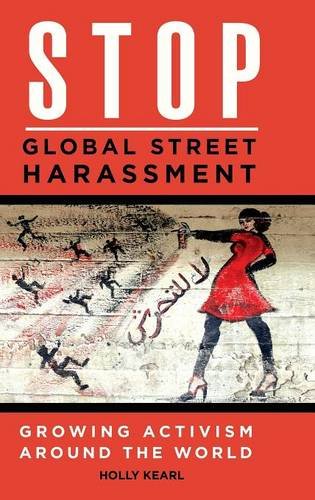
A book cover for Stop Global Street Harassment: Growing Activism around the World; Holly Kearl; Politics & Social Sciences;